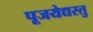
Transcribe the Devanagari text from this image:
पूजयेद्यस्तु